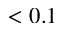
< 0 . 1